Source: Computer-generated
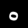
Digit: ၀ (0)